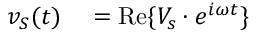
\begin{array} { r l } { v _ { S } ( t ) } & { { } = \operatorname { R e } \{ V _ { s } \cdot e ^ { i \omega t } \} } \end{array}